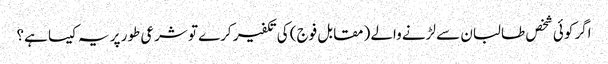
اگر کوئی شخص طالبان سے لڑنے والے (مقابل فوج) کی تکفیر کرے تو شرعی طور پر یہ کیسا ہے؟